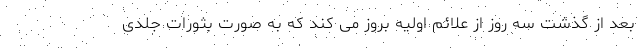
بعد از گذشت سه روز از علائم اولیه بروز می کند که به صورت بثورات جلدی